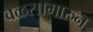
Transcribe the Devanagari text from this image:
वळसामारुन